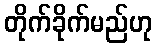
တိုက်ခိုက်မည်ဟု